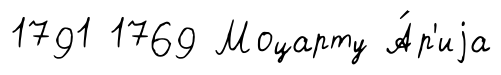
1791 1769 Моцарту А́р'иjа